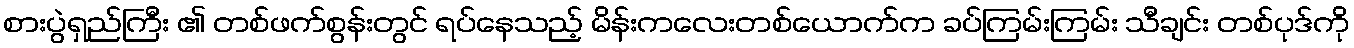
စားပွဲရှည်ကြီး ၏ တစ်ဖက်စွန်းတွင် ရပ်နေသည့် မိန်းကလေးတစ်ယောက်က ခပ်ကြမ်းကြမ်း သီချင်း တစ်ပုဒ်ကို